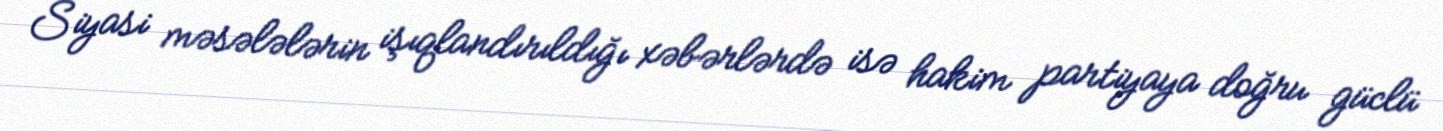
Siyasi məsələlərin işıqlandırıldığı xəbərlərdə isə hakim partiyaya doğru güclü